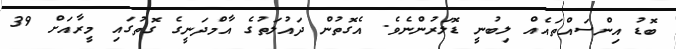
ބޮޑު އިންސައްތައެއް ލިބުނީ ޑޮލަރުންނެވެ. އެގޮތުން ދައުލަތުގެ އާމްދަނީގެ ގޮތުގައި މީރާއަށް 39